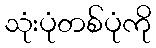
သုံးပုံတစ်ပုံကို